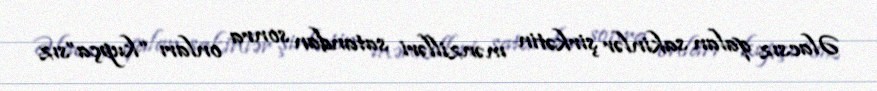
Əlacsız qalan sakinlər şirkətin mənzilləri satandan sonra onları “kupça”sız